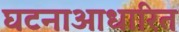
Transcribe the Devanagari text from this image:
घटनाआधारित